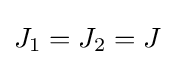
J_{1}=J_{2}=J